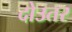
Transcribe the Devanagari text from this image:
दोउतर